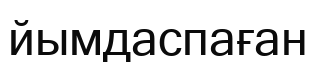
йымдаспаған